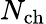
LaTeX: N_{\mathrm{ch}}